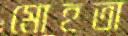
মোহতা